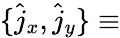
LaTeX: \{ \hat{j}_{x},\hat{j}_{y}\} \equiv